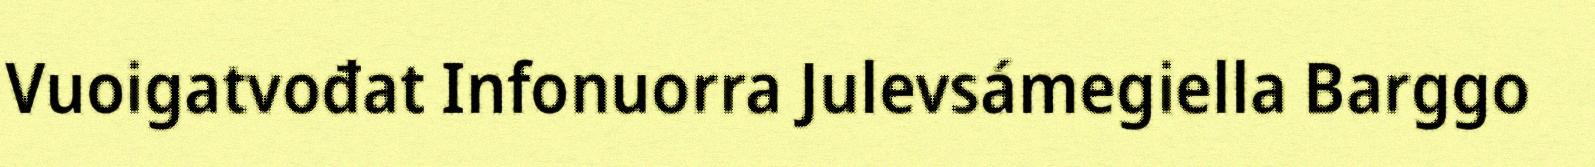
Vuoigatvođat Infonuorra Julevsámegiella Barggo